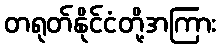
တရုတ်နိုင်ငံတို့အကြား